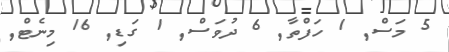
5 މަސް